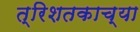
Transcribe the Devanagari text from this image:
त्रिशतकाच्या